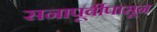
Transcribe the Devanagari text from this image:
सनापूर्वीपासून